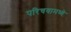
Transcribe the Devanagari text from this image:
परिचयामध्ये